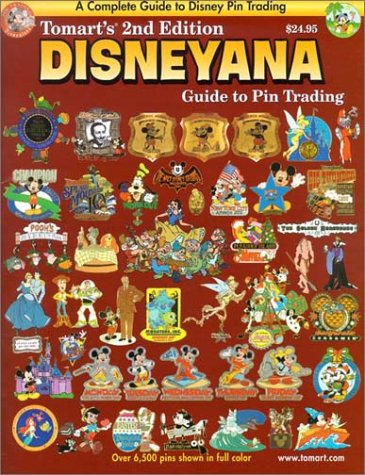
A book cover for Tomart's Disneyana Guide to Pin Trading; Tom Tumbusch; Crafts, Hobbies & Home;